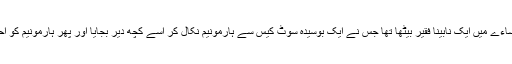
وہاں سڑک کے ساتھ ایک عمارت کے ساءے میں ایک نابینا فقیر بیٹھا تھا جس نے ایک بوسیدہ سوٹ کیس سے ہارمونیم نکال کر اسے کچھ دیر بجایا اور پھر ہارمونیم کو احتیاط سے واپس سوٹ کیس میں رکھ دیا۔